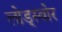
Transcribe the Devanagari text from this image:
लोड्स्वोर